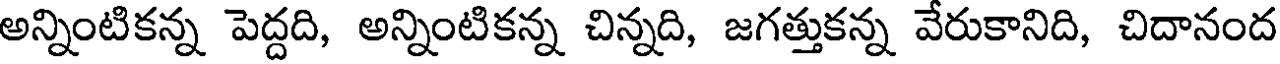
అన్నింటికన్న పెద్దది, అన్నింటికన్న చిన్నది, జగత్తుకన్న వేరుకానిది, చిదానంద